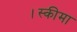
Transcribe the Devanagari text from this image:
।स्कीमा